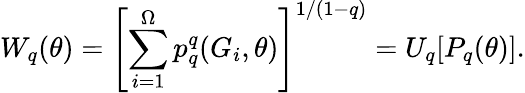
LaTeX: W_{q}(\theta)=\left[\sum_{i=1}^{\Omega}p_{q}^{q}(G_{i},\theta)\right]^{1/(1-q)}=U_{q}[P_{q}(\theta)].